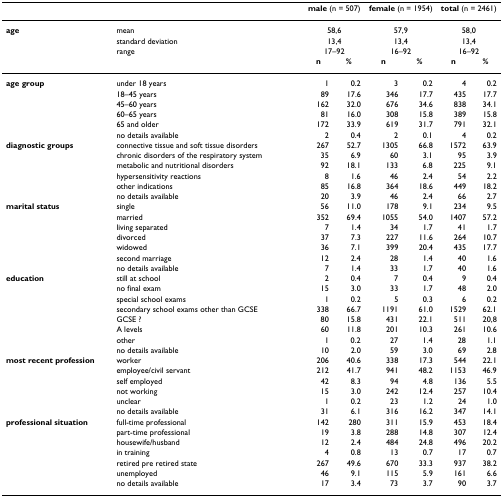
<table><thead><tr><td></td><td></td><td colspan="2"><b>male (n = 507)</b></td><td colspan="2"><b>female (n = 1954)</b></td><td colspan="2"><b>total (n = 2461)</b></td></tr></thead><tbody><tr><td><b>age</b></td><td>mean</td><td colspan="2">58,6</td><td colspan="2">57,9</td><td colspan="2">58,0</td></tr><tr><td></td><td>standard deviation</td><td colspan="2">13,4</td><td colspan="2">13,4</td><td colspan="2">13,4</td></tr><tr><td></td><td>range</td><td colspan="2">17–92</td><td colspan="2">16–92</td><td colspan="2">16–92</td></tr><tr><td></td><td></td><td><b>n</b></td><td><b>%</b></td><td><b>n</b></td><td><b>%</b></td><td><b>n</b></td><td><b>%</b></td></tr><tr><td><b>age group</b></td><td>under 18 years</td><td>1</td><td>0.2</td><td>3</td><td>0.2</td><td>4</td><td>0.2</td></tr><tr><td></td><td>18–45 years</td><td>89</td><td>17.6</td><td>346</td><td>17.7</td><td>435</td><td>17.7</td></tr><tr><td></td><td>45–60 years</td><td>162</td><td>32.0</td><td>676</td><td>34.6</td><td>838</td><td>34.1</td></tr><tr><td></td><td>60–65 years</td><td>81</td><td>16.0</td><td>308</td><td>15.8</td><td>389</td><td>15.8</td></tr><tr><td></td><td>65 and older</td><td>172</td><td>33.9</td><td>619</td><td>31.7</td><td>791</td><td>32.1</td></tr><tr><td></td><td>no details available</td><td>2</td><td>0.4</td><td>2</td><td>0.1</td><td>4</td><td>0.2</td></tr><tr><td><b>diagnostic groups</b></td><td>connective tissue and soft tissue disorders</td><td>267</td><td>52.7</td><td>1305</td><td>66.8</td><td>1572</td><td>63.9</td></tr><tr><td></td><td>chronic disorders of the respiratory system</td><td>35</td><td>6.9</td><td>60</td><td>3.1</td><td>95</td><td>3.9</td></tr><tr><td></td><td>metabolic and nutritional disorders</td><td>92</td><td>18.1</td><td>133</td><td>6.8</td><td>225</td><td>9.1</td></tr><tr><td></td><td>hypersensitivity reactions</td><td>8</td><td>1.6</td><td>46</td><td>2.4</td><td>54</td><td>2.2</td></tr><tr><td></td><td>other indications</td><td>85</td><td>16.8</td><td>364</td><td>18.6</td><td>449</td><td>18.2</td></tr><tr><td></td><td>no details available</td><td>20</td><td>3.9</td><td>46</td><td>2.4</td><td>66</td><td>2.7</td></tr><tr><td><b>marital status</b></td><td>single</td><td>56</td><td>11.0</td><td>178</td><td>9.1</td><td>234</td><td>9.5</td></tr><tr><td></td><td>married</td><td>352</td><td>69.4</td><td>1055</td><td>54.0</td><td>1407</td><td>57.2</td></tr><tr><td></td><td>living separated</td><td>7</td><td>1.4</td><td>34</td><td>1.7</td><td>41</td><td>1.7</td></tr><tr><td></td><td>divorced</td><td>37</td><td>7.3</td><td>227</td><td>11.6</td><td>264</td><td>10.7</td></tr><tr><td></td><td>widowed</td><td>36</td><td>7.1</td><td>399</td><td>20.4</td><td>435</td><td>17.7</td></tr><tr><td></td><td>second marriage</td><td>12</td><td>2.4</td><td>28</td><td>1.4</td><td>40</td><td>1.6</td></tr><tr><td></td><td>no details available</td><td>7</td><td>1.4</td><td>33</td><td>1.7</td><td>40</td><td>1.6</td></tr><tr><td><b>education</b></td><td>still at school</td><td>2</td><td>0.4</td><td>7</td><td>0.4</td><td>9</td><td>0.4</td></tr><tr><td></td><td>no final exam</td><td>15</td><td>3.0</td><td>33</td><td>1.7</td><td>48</td><td>2.0</td></tr><tr><td></td><td>special school exams</td><td>1</td><td>0.2</td><td>5</td><td>0.3</td><td>6</td><td>0.2</td></tr><tr><td></td><td>secondary school exams other than GCSE</td><td>338</td><td>66.7</td><td>1191</td><td>61.0</td><td>1529</td><td>62.1</td></tr><tr><td></td><td>GCSE ?</td><td>80</td><td>15.8</td><td>431</td><td>22.1</td><td>511</td><td>20,8</td></tr><tr><td></td><td>A levels</td><td>60</td><td>11.8</td><td>201</td><td>10.3</td><td>261</td><td>10.6</td></tr><tr><td></td><td>other</td><td>1</td><td>0.2</td><td>27</td><td>1.4</td><td>28</td><td>1.1</td></tr><tr><td></td><td>no details available</td><td>10</td><td>2.0</td><td>59</td><td>3.0</td><td>69</td><td>2.8</td></tr><tr><td><b>most recent profession</b></td><td>worker</td><td>206</td><td>40.6</td><td>338</td><td>17.3</td><td>544</td><td>22.1</td></tr><tr><td></td><td>employee/civil servant</td><td>212</td><td>41.7</td><td>941</td><td>48.2</td><td>1153</td><td>46.9</td></tr><tr><td></td><td>self employed</td><td>42</td><td>8.3</td><td>94</td><td>4.8</td><td>136</td><td>5.5</td></tr><tr><td></td><td>not working</td><td>15</td><td>3.0</td><td>242</td><td>12.4</td><td>257</td><td>10.4</td></tr><tr><td></td><td>unclear</td><td>1</td><td>0.2</td><td>23</td><td>1.2</td><td>24</td><td>1.0</td></tr><tr><td></td><td>no details available</td><td>31</td><td>6.1</td><td>316</td><td>16.2</td><td>347</td><td>14.1</td></tr><tr><td><b>professional situation</b></td><td>full-time professional</td><td>142</td><td>280</td><td>311</td><td>15.9</td><td>453</td><td>18.4</td></tr><tr><td></td><td>part-time professional</td><td>19</td><td>3.8</td><td>288</td><td>14.8</td><td>307</td><td>12.4</td></tr><tr><td></td><td>housewife/husband</td><td>12</td><td>2.4</td><td>484</td><td>24.8</td><td>496</td><td>20.2</td></tr><tr><td></td><td>in training</td><td>4</td><td>0.8</td><td>13</td><td>0.7</td><td>17</td><td>0.7</td></tr><tr><td></td><td>retired pre retired state</td><td>267</td><td>49.6</td><td>670</td><td>33.3</td><td>937</td><td>38.2</td></tr><tr><td></td><td>unemployed</td><td>46</td><td>9.1</td><td>115</td><td>5.9</td><td>161</td><td>6.6</td></tr><tr><td></td><td>no details available</td><td>17</td><td>3.4</td><td>73</td><td>3.7</td><td>90</td><td>3.7</td></tr></tbody></table>